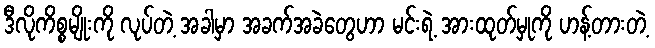
ဒီလိုကိစ္စမျိုးကို လုပ်တဲ့ အခါမှာ အခက်အခဲတွေဟာ မင်းရဲ့ အားထုတ်မှုကို ဟန့်တားတဲ့